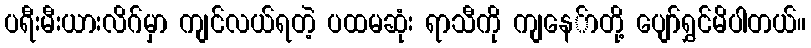
ပရီးမီးယားလိဂ်မှာ ကျင်လယ်ရတဲ့ ပထမဆုံး ရာသီကို ကျနေ်ာတို့ ပျော်ရွှင်မိပါတယ်။